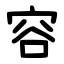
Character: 容